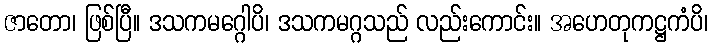
ဇာတော၊ ဖြစ်ပြီ။ ဒသကမဂ္ဂေါပိ၊ ဒသကမဂ္ဂသည် လည်းကောင်း။ အဟေတုကဋ္ဌကံပိ၊